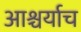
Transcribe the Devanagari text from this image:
आश्चर्याच